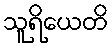
သူရိယေတိ